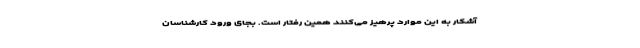
آشکار به این موارد پرهیز می‌کنند همین رفتار است. بجای ورود کارشناسان